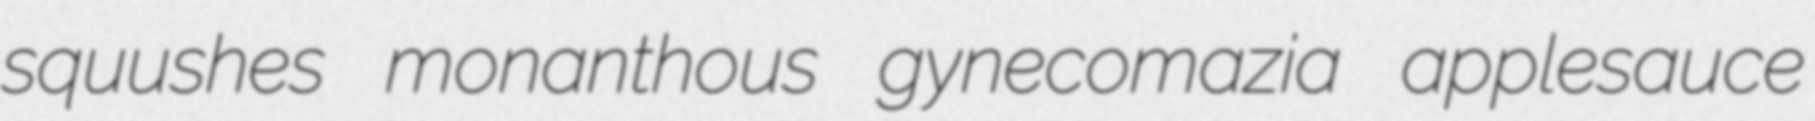
squushes monanthous gynecomazia applesauce